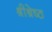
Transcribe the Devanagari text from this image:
श्रीश्रेष्ठ